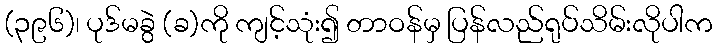
(၃၉၆)၊ ပုဒ်မခွဲ (ခ)ကို ကျင့်သုံး၍ တာဝန်မှ ပြန်လည်ရုပ်သိမ်းလိုပါက